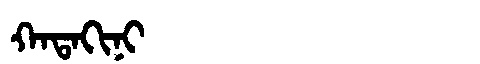
Manchu: ᡴᠠᡨᠠᡴᡳᠨᡳ
Romanization: KATAKINI